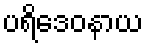
ပရိဒေဝနာယ